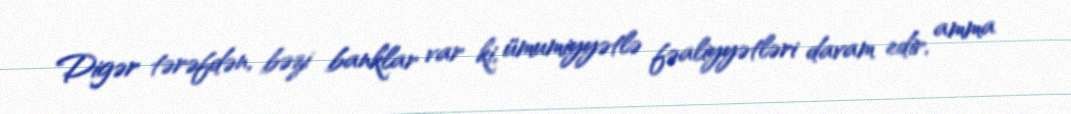
Digər tərəfdən, bəzi banklar var ki, ümumiyyətlə fəaliyyətləri davam edir, amma